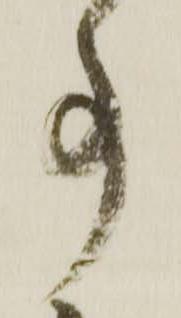
事